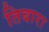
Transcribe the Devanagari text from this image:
तिबारा